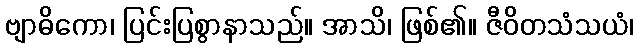
ဗျာဓိကော၊ ပြင်းပြစွာနာသည်။ အာသိ၊ ဖြစ်၏။ ဇီဝိတသံသယံ၊